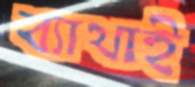
ব্যাথাই